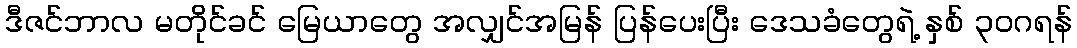
ဒီဇင်ဘာလ မတိုင်ခင် မြေယာတွေ အလျှင်အမြန် ပြန်ပေးပြီး ဒေသခံတွေရဲ့ နှစ် ၃၀ဂရန်